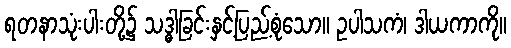
ရတနာသုံးပါးတို့၌ သဒ္ဓါခြင်းနှင့်ပြည့်စုံသော။ ဥပါသကံ၊ ဒါယကာကို။